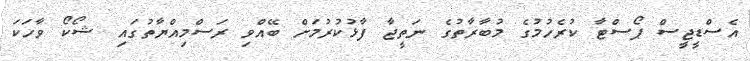
އެސްޑީޖީސް ޕޯސްޓާ ކުރެހުމުގެ މުބާރާތުގެ ނަތީޖާ ފާޅުކުރުމަށް ބޭއްވި ރަސްމިއްޔާތުގައި ޝޯކޯ ވާހަކަ